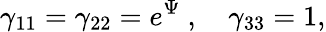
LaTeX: {\gamma}_{11}={\gamma}_{22}=e^{\Psi}~,~~~~{\gamma}_{33}=1,